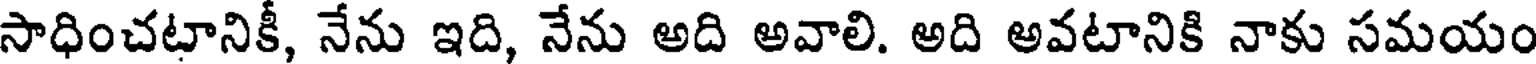
సాధించటానికీ, నేను ఇది, నేను అది అవాలి. అది అవటానికి నాకు సమయం